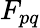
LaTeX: F_{pq}